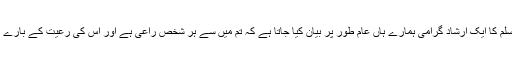
جناب نبی اکرم صلی اللہ علیہ وسلم کا ایک ارشاد گرامی ہمارے ہاں عام طور پر بیان کیا جاتا ہے کہ تم میں سے ہر شخص راعی ہے اور اس کی رعیت کے بارے میں اس سے سوال کیا جائے گا۔